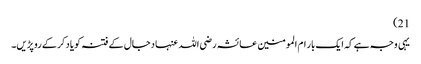
21)
یہی وجہ ہے کہ ایک بار ام المومنین عائشہ رضی اللہ عنہا دجال کے فتنہ کو یاد کرکے روپڑیں۔